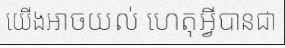
យើងអាចយល់ ហេតុអ្វីបានជា